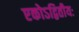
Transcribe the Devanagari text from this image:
एकोऽद्वितीयः